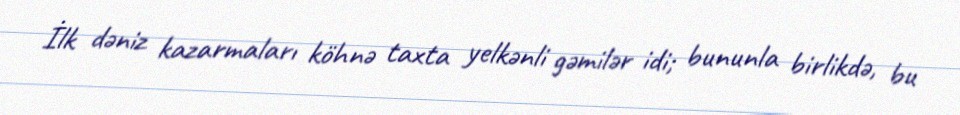
İlk dəniz kazarmaları köhnə taxta yelkənli gəmilər idi; bununla birlikdə, bu